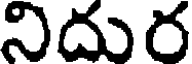
నిదుర